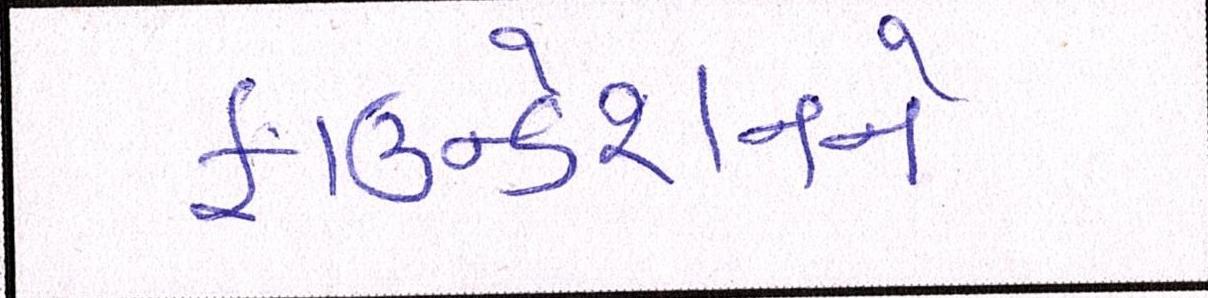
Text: ફાઉન્ડેશનને